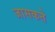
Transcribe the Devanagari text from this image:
जासकते